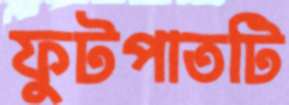
ফুটপাতটি